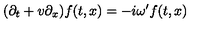
( \partial _ { t } + v \partial _ { x } ) f ( t , x ) = - i \omega ^ { \prime } f ( t , x )